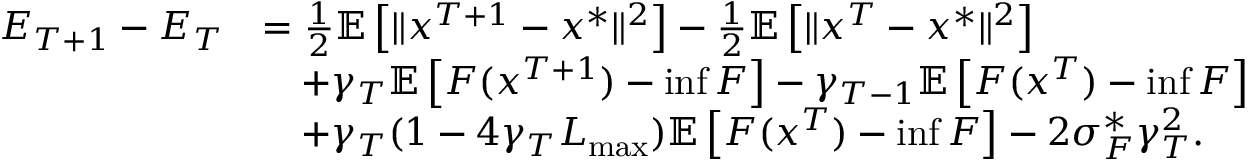
\begin{array} { r l } { E _ { T + 1 } - E _ { T } } & { = \frac { 1 } { 2 } \mathbb { E } \left[ \Vert x ^ { T + 1 } - x ^ { * } \Vert ^ { 2 } \right] - \frac { 1 } { 2 } \mathbb { E } \left[ \Vert x ^ { T } - x ^ { * } \Vert ^ { 2 } \right] } \\ & { \quad + \gamma _ { T } \mathbb { E } \left[ F ( x ^ { T + 1 } ) - \operatorname* { i n f } F \right] - \gamma _ { T - 1 } \mathbb { E } \left[ F ( x ^ { T } ) - \operatorname* { i n f } F \right] } \\ & { \quad + \gamma _ { T } ( 1 - 4 \gamma _ { T } L _ { \operatorname* { m a x } } ) \mathbb { E } \left[ F ( x ^ { T } ) - \operatorname* { i n f } F \right] - 2 \sigma _ { F } ^ { * } \gamma _ { T } ^ { 2 } . } \end{array}